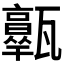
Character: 𤮩